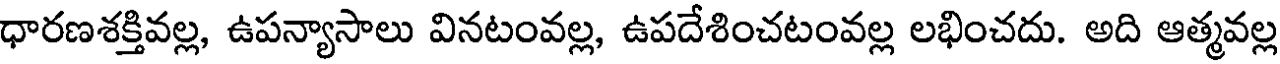
ధారణశక్తివల్ల, ఉపన్యాసాలు వినటంవల్ల, ఉపదేశించటంవల్ల లభించదు. అది ఆత్మవల్ల